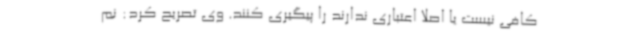
کافی نیست یا اصلا اعتباری ندارند را پیگیری کنند. وی تصریح کرد: نم